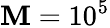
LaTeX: \mathbf{M}=10^{5}